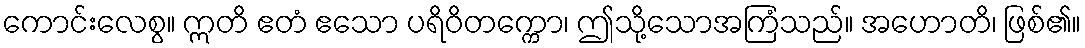
ကောင်းလေစွ။ ဣတိ ဧတံ ဧသော ပရိဝိတက္ကော၊ ဤသို့သောအကြံသည်။ အဟောတိ၊ ဖြစ်၏။